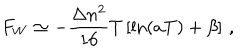
F _ { W } \simeq - \frac { \Delta n ^ { 2 } } { 1 6 } T \left[ \ln ( a T ) + \beta \right] \, { , }